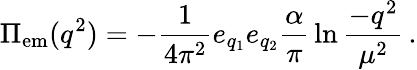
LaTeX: \Pi_{\mathrm{em}}(q^{2})=-{\frac{1}{4\pi^{2}}}e_{q_{1}}e_{q_{2}}{\frac{\alpha}{\pi}}\ln{\frac{-q^{2}}{\mu^{2}}}\, .